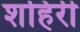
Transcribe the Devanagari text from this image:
शहिरी